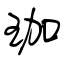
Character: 珈